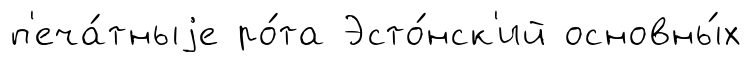
п'еча́тныjе ро́та Эсто́нск'ий основны́х